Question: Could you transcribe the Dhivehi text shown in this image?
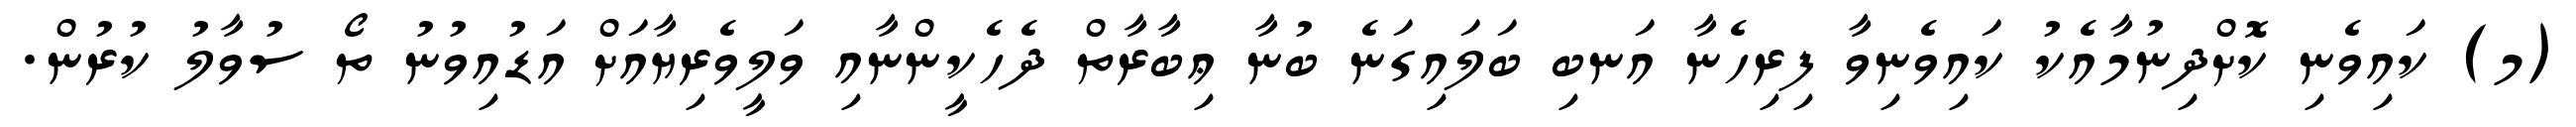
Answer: (މ) ކައިވެނި ކޮށްދިނުމާއެކު ކައިވެނިވާ ފިރިހެނާ އަނބި ބަލައިގަނެ ބުނާ ޢިބާރާތް ދެހެކީންނާއި ވަލީވެރިޔާއަށް އަޑުއިވުނު ތޯ ސުވާލު ކުރުން.